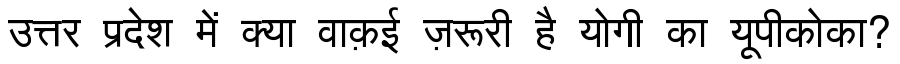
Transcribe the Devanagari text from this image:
उत्तर प्रदेश में क्या वाक़ई ज़रूरी है योगी का यूपीकोका?